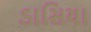
ડાસિયા